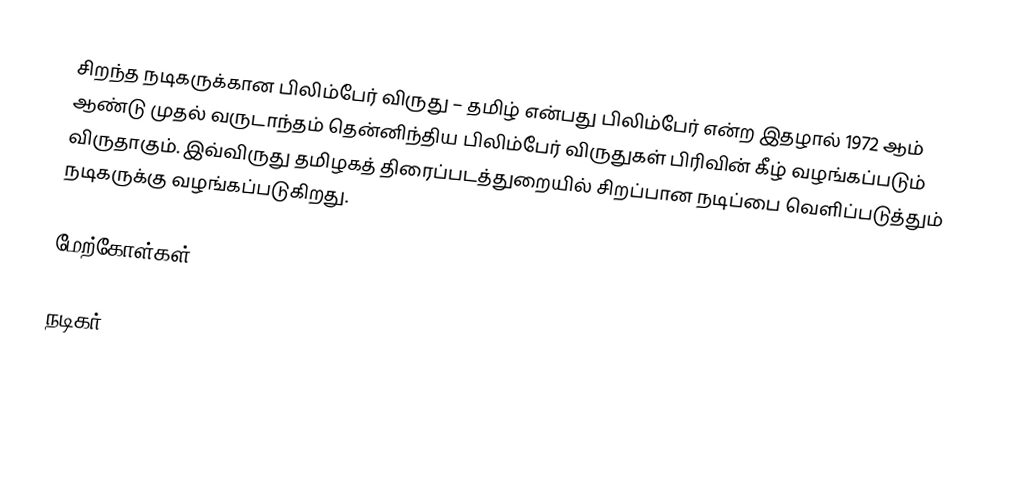
சிறந்த நடிகருக்கான பிலிம்பேர் விருது – தமிழ் என்பது பிலிம்பேர் என்ற இதழால் 1972 ஆம் ஆண்டு முதல் வருடாந்தம் தென்னிந்திய பிலிம்பேர் விருதுகள் பிரிவின் கீழ் வழங்கப்படும் விருதாகும். இவ்விருது தமிழகத் திரைப்படத்துறையில் சிறப்பான நடிப்பை வெளிப்படுத்தும் நடிகருக்கு  வழங்கப்படுகிறது.

மேற்கோள்கள்

நடிகர்